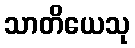
သာတိယေသု